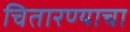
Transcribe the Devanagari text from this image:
चितारण्याचा